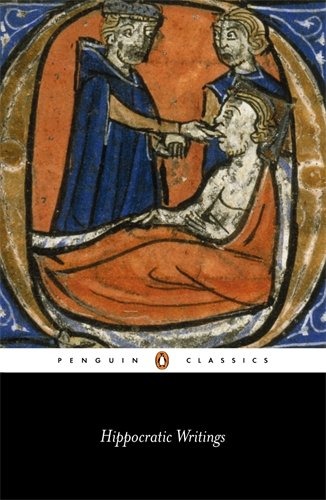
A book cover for Hippocratic Writings (Penguin Classics); Various; Medical Books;